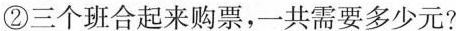
②三个班合起来购票，一共需要多少元?